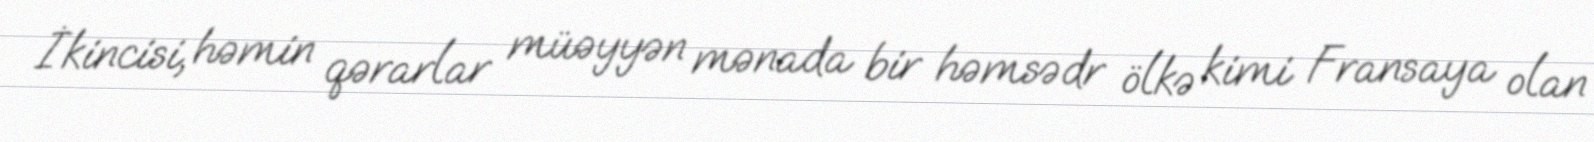
İkincisi, həmin qərarlar müəyyən mənada bir həmsədr ölkə kimi Fransaya olan